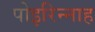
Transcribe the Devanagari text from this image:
पोइरिन्नाह